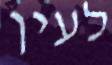
לעין